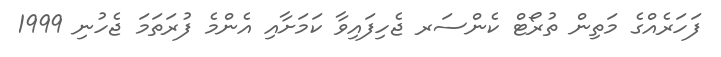
ފަހަރެއްގެ މަތިން ތުރޯޓް ކެންސަރ ޖެހިފައިވާ ކަމަށާއި އެންމެ ފުރަތަމަ ޖެހުނި 1999